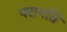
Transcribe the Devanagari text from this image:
परागति